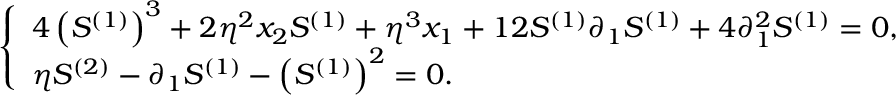
\begin{array} { r } { \left\{ \begin{array} { l } { 4 \left( S ^ { ( 1 ) } \right) ^ { 3 } + 2 \eta ^ { 2 } x _ { 2 } S ^ { ( 1 ) } + \eta ^ { 3 } x _ { 1 } + 1 2 S ^ { ( 1 ) } \partial _ { 1 } S ^ { ( 1 ) } + 4 \partial _ { 1 } ^ { 2 } S ^ { ( 1 ) } = 0 , } \\ { \eta S ^ { ( 2 ) } - \partial _ { 1 } S ^ { ( 1 ) } - \left( S ^ { ( 1 ) } \right) ^ { 2 } = 0 . } \end{array} \right. } \end{array}